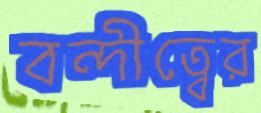
বন্দীত্বের